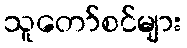
သူတော်စင်များ